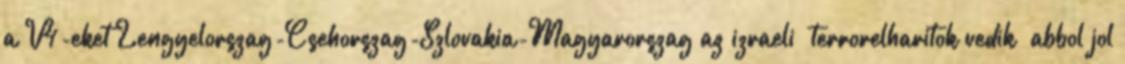
a V4-eket Lengyelorszag-Csehorszag-Szlovakia-Magyarorszag az izraeli “terrorelharitok vedik” abbol jol